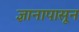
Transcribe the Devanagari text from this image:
ज्ञानापासून